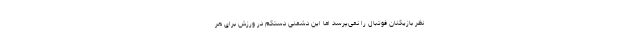
نظر بازیکنان فوتبال را نمی‌پرسد اما این دشمنی دستکم در ورزش برای هر